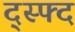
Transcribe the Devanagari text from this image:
द्स्फ्द